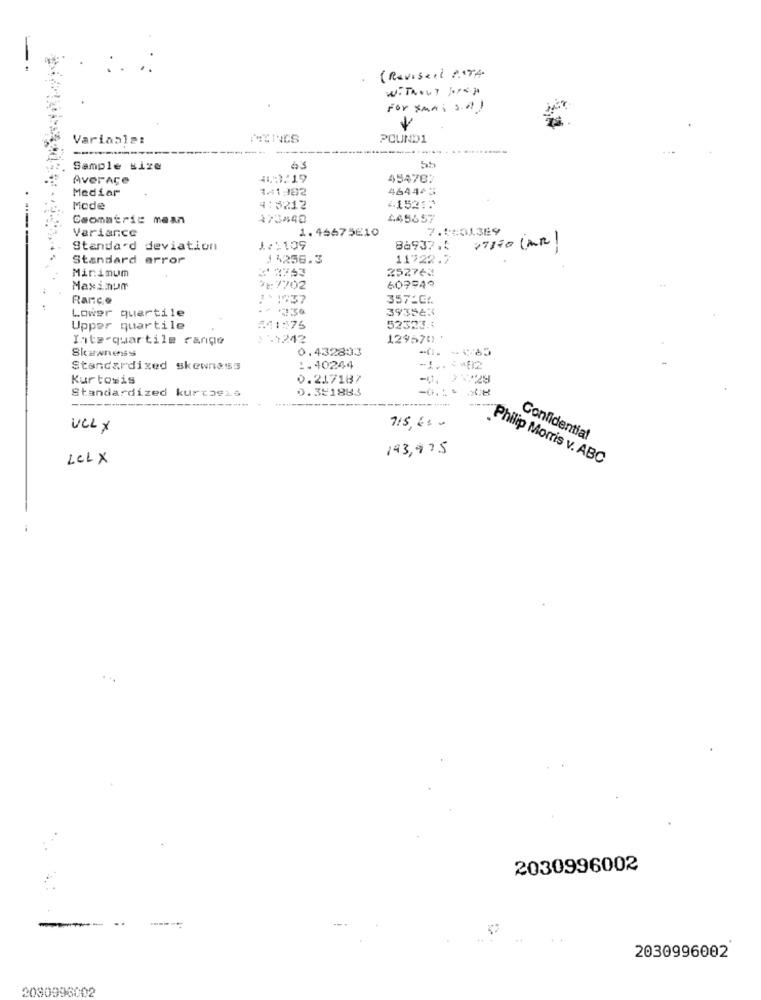
( Revised RITA
Without prag
For XMAS S .!!!
Variasla:
POUND1
Sample size
63
55
Averaçe
43/19
454787
Mediar
141382
464443
Mode
4:5212
41521:
Ceomatric mean
473440
445657
Variance
1.45675E10
7.0:01389
07170 (MR)
Standard deviation
1:109
86937.5
Standard error
14256.3
11722.7
252764
Minimum
Maxinum
9-7702
609949
Rarce
357-66
393523
Lower quartile
Upper quartile
1.
52323.1
Inte-quartile cargo
2-1242
129670:
Skewness
0.432803
Standardized skewness
:. 40244
Kur tosis
0.217187
Standardized kurtosis
0.391883
..
ULL X
715, 6 1 .
Confidential
193,975
LELX
Philip Morris v. ABC
2030996002
2030996002
2030996002